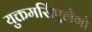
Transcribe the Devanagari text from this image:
युक्तमर्सिएलेगो